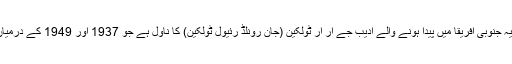
3 – دی لارڈ آف دی رنگز: یہ جنوبی افریقا میں پیدا ہونے والے ادیب جے آر آر ٹولکین (جان رونلڈ رئیول ٹولکین) کا ناول ہے جو 1937 اور 1949 کے درمیان مختلف وقفوں سے لکھا گیا۔